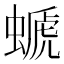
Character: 螔